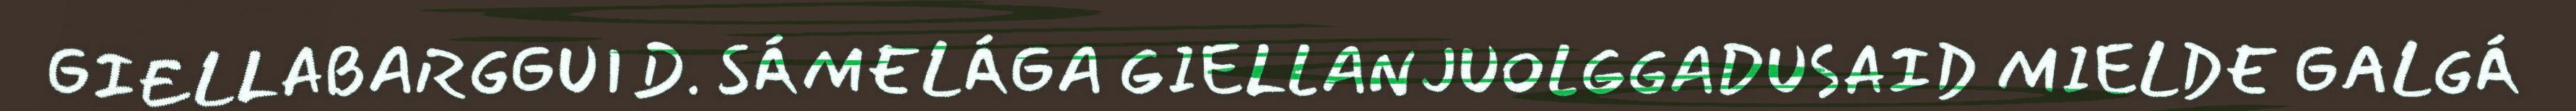
GIELLABARGGUID. SÁMELÁGA GIELLANJUOLGGADUSAID MIELDE GALGÁ